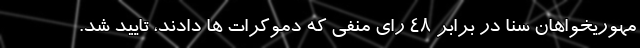
مهوریخواهان سنا در برابر 48 رای منفی که دموکرات ها دادند، تایید شد.